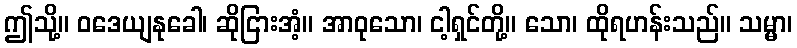
ဤသို့။ ဝဒေယျနုခေါ၊ ဆိုငြားအံ့။ အာဝုသော၊ ငါ့ရှင်တို့။ သော၊ ထိုရဟန်းသည်။ သမ္မာ၊